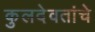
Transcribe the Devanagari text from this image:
कुलदेवतांचे